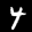
Label: 4